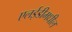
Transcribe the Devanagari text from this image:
एलईडीमधील